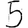
Digit: 5